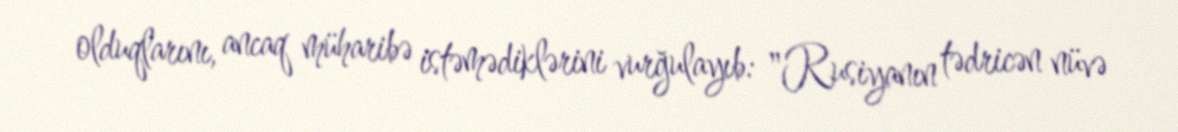
olduqlarını, ancaq müharibə istəmədiklərini vurğulayıb: "Rusiyanın tədricən nüvə